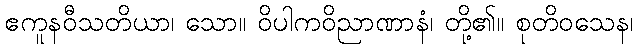
ဧကူနဝီသတိယာ၊ သော။ ဝိပါကဝိညာဏာနံ၊ တို့၏။ စုတိဝသေန၊